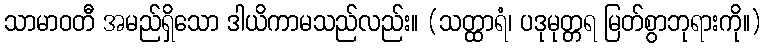
သာမာဝတီ အမည်ရှိသော ဒါယိကာမသည်လည်း။ (သတ္ထာရံ၊ ပဒုမုတ္တရ မြတ်စွာဘုရားကို။)